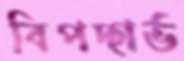
বিপদ্‌গর্ভ